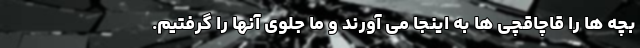
بچه ها را قاچاقچی ها به اینجا می آورند و ما جلوی آنها را گرفتیم.